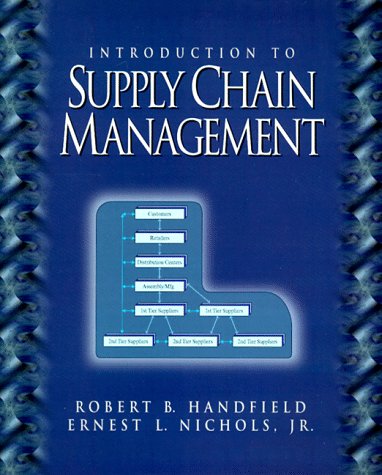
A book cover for Introduction to Supply Chain Management; Robert B. Handfield; Business & Money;